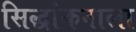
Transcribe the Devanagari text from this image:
सिद्धांकनाला